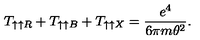
T _ { \uparrow \uparrow R } + T _ { \uparrow \uparrow B } + T _ { \uparrow \uparrow X } = \frac { e ^ { 4 } } { 6 \pi m \theta ^ { 2 } } .